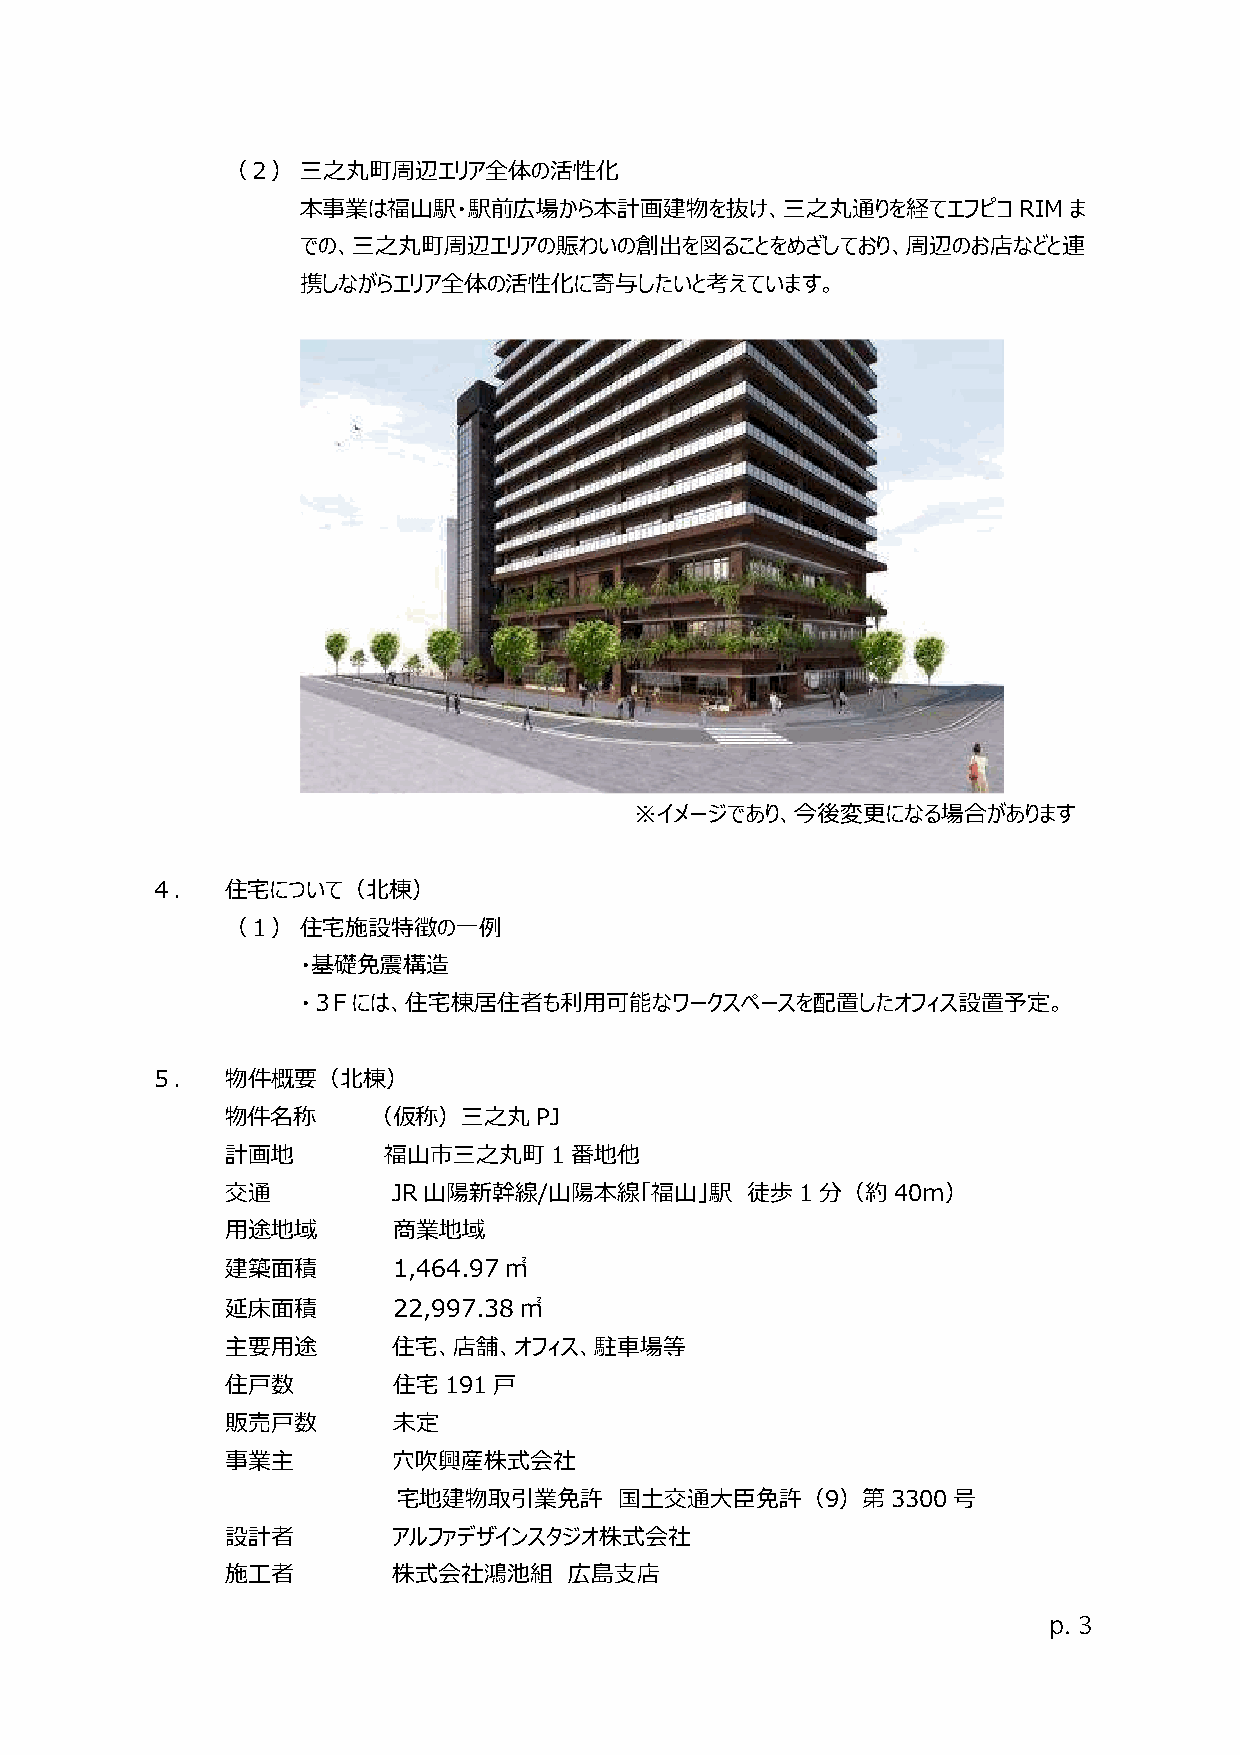
（２）  三之丸町周辺エリア全体の活性化
 本事業は福⼭駅・駅前広場から本計画建物を抜け、三之丸通りを経てエフピコRIMま
 での、三之丸町周辺エリアの賑わいの創出を図ることをめざしており、周辺のお店などと連
 携しながらエリア全体の活性化に寄与したいと考えています。
 ※イメージであり、今後変更になる場合があります
 ４．   住宅について（北棟）
 （１）  住宅施設特徴の一例
 ・基礎免震構造
 ・３Fには、住宅棟居住者も利⽤可能なワークスペースを配置したオフィス設置予定。
 ５．   物件概要（北棟）
 物件名称      （仮称）三之丸PJ
 計画地       福⼭市三之丸町1番地他
 交通         JR⼭陽新幹線/⼭陽本線「福⼭」駅      徒歩1分（約40ｍ）
 ⽤途地域       商業地域
 建築面積       1,464.97㎡
 延床面積       22,997.38㎡
 主要⽤途       住宅、店舗、オフィス、駐⾞場等
 住⼾数        住宅191⼾
 販売⼾数       未定
 事業主        穴吹興産株式会社
 宅地建物取引業免許      国土交通大臣免許（9）第3300号
 設計者        アルファデザインスタジオ株式会社
 施工者        株式会社鴻池組     広島支店
 p. 3